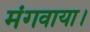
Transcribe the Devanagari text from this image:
मंगवाया।